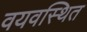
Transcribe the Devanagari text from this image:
वयवस्थित